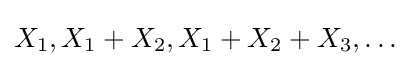
X_{1},X_{1}+X_{2},X_{1}+X_{2}+X_{3},\dots